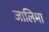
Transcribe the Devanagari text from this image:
जालिमा